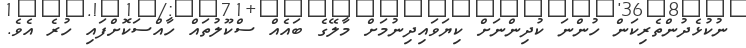
ނުކުޅެދުންތެރިކަން ހުންނަ ކުދިންނަށް ކިޔަވައިދިނުމަށް މާލޭގެ ބައެއް ސްކޫލުތައް ހާއްސަކޮށްފައި ހުރެ އެވެ.